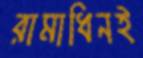
রামাধিনই